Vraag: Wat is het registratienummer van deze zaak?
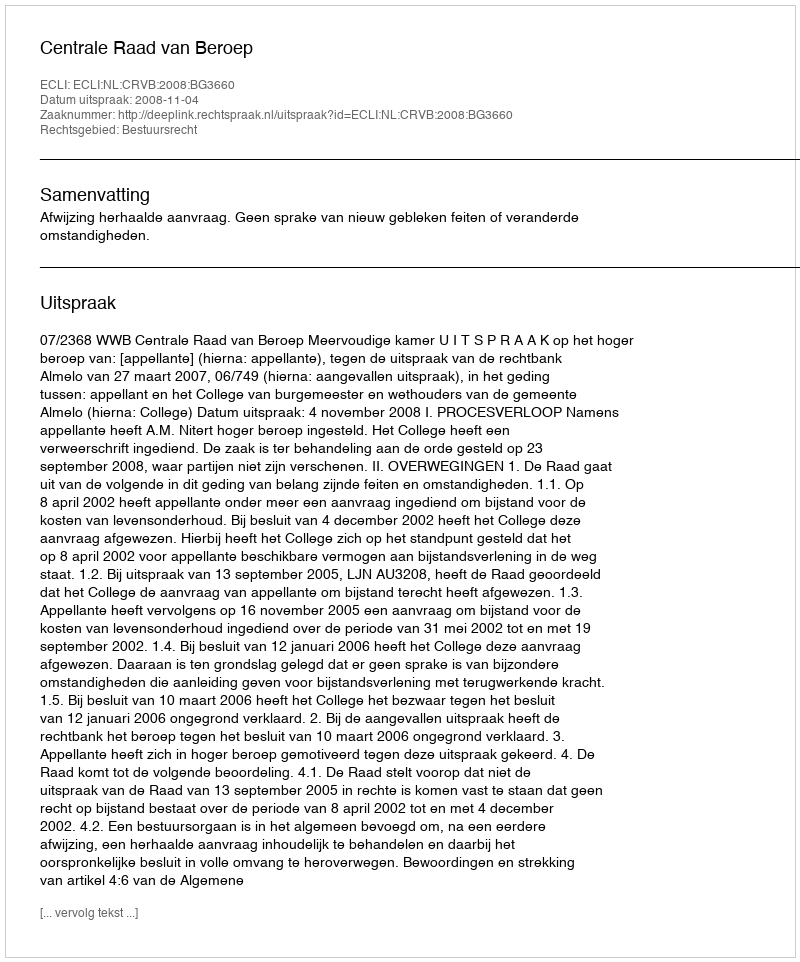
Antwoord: http://deeplink.rechtspraak.nl/uitspraak?id=ECLI:NL:CRVB:2008:BG3660